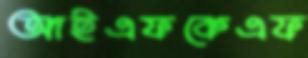
আইএফকেএফ